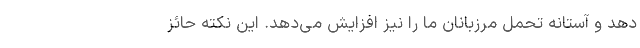
دهد و آستانه تحمل مرزبانان ما را نیز افزایش می‌دهد. این نکته حائز